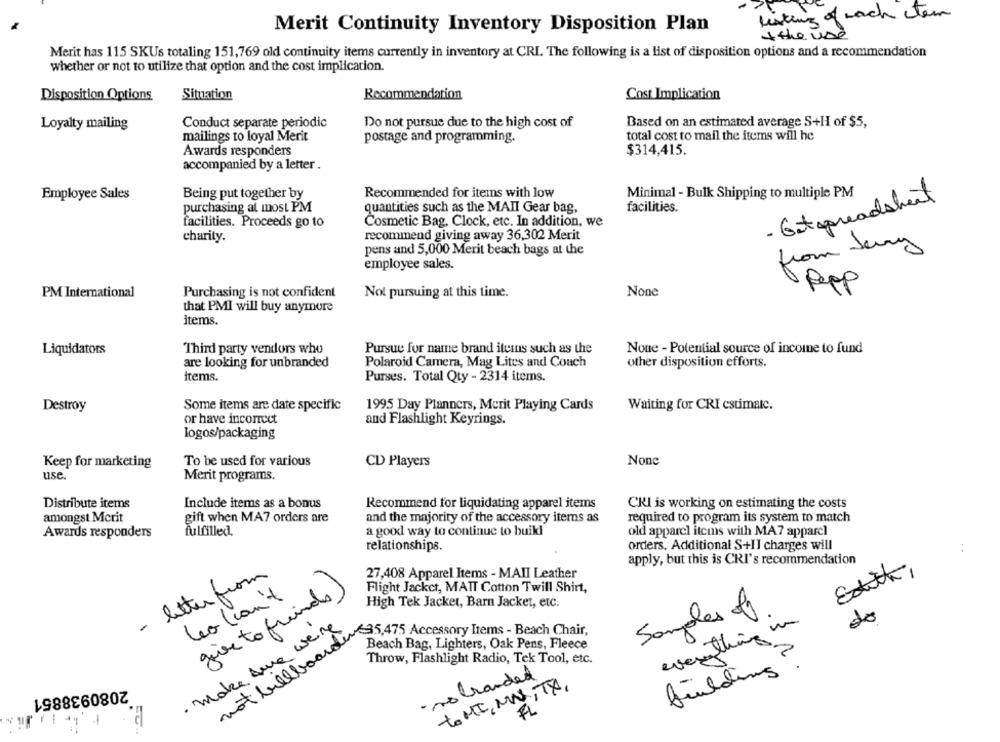
listing of nach tem
Merit Continuity Inventory Disposition Plan
4 the use
Merit has 115 SKUs totaling 151,769 old continuity items currently in inventory at CRI. The following is a list of disposition options and a recommendation
whether or not to utilize that option and the cost implication.
Disposition Options
Situation
Recommendation
Cost Implication
Loyalty mailing
Conduct separate periodic
Do not pursue due to the high cost of
Based on an estimated average S+H of $5,
mailings to loyal Merit
postage and programming.
total cost to mail the items will he
Awards responders
$314,415.
accompanied by a letter .
Minimal - Bulk Shipping to multiple PM
Employee Sales
Being put together by
Recommended for items with low
- Getspreadscheit
purchasing al most PM
facilities.
quantities such as the MAII Gear bag,
Cosmetic Bag, Clock, etc. In addition, we
facilities. Proceeds go to
charity.
recommend giving away 36,302 Merit
pens and 5,000 Merit beach bags at the
from Jerry
employee sales.
Pepp
PM International
Purchasing is not confident
Not pursuing at this time.
that PMI will buy anymore
items.
Pursue for name brand items such as the
None - Potential source of income to fund
Liquidators
Third party vendors who
are looking for unbranded
Polaroid Camera, Mag Lites and Coach
other disposition efforts.
Items.
Purses. Total Qty - 2314 items.
Destroy
Some items are date specific
1995 Day Planners, Merit Playing Cards
Waiting for CRI estimatc.
or have incorrect
and Flashlight Keyrings.
logos/packaging
Keep for marketing
To be used for various
CD Players
use.
Merit programs.
Distribute items
Include items as a bonus
Recommend for liquidating apparel items
CKI is working on estimating the costs
amongst Mcrit
gift when MA7 orders are
and the majority of the accessory items as
required to program its system to match
Awards responders
fulfilled.
a good way to continue to buildl'
old apparel items with MA7 apparel
relationships.
orders. Additional S+Il charges will
:
apply, but this is CRI's recommendation
Edith,
- letter from
27,408 Apparel Items - MAII Leather
giver to friends)
Flight Jacket, MATT Cotton Twill Shirt,
Leo (can't
High Tek Jacket, Barn Jacket, etc.
Samples of
do
· Make Aune were
not billboard po: 475 Accessory Frame - Beach Chace
Beach Bag, Lighters, Oak Pens, Fleece
everything
Throw, Flashlight Radio, Tek Tool, etc.
- nobranded
building
2080938851
to MI, MN, TX.
FL